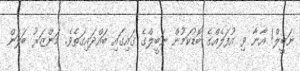
ނަބީލް! އާނާ ވި އުފަލެއްގެ ބޮޑުކަމުން ނަބީލްގެ ގައިގައި ބައްދައިގަތެވެ. މަންޒަރު ބަލަން